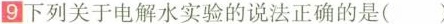
9 下列关于电解水实验的说法正确的是( )